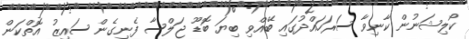
ކޯލިޝަނުން ކާނިވާ ސަރަހައްދުގައި ބޭއްވި ބިޔަ ބޮޑޫ ޖަލްސާ ފެނިގެން ސައިޒު އޮތްކަން